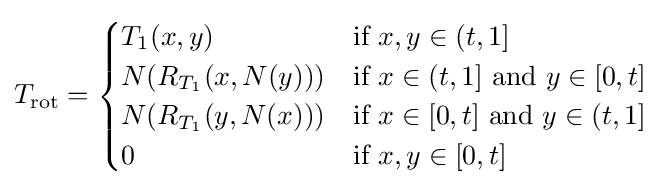
T_{\mathrm {rot} }={\begin{cases}T_{1}(x,y)&{\text{if }}x,y\in (t,1]\\N(R_{T_{1}}(x,N(y)))&{\text{if }}x\in (t,1]{\text{ and }}y\in [0,t]\\N(R_{T_{1}}(y,N(x)))&{\text{if }}x\in [0,t]{\text{ and }}y\in (t,1]\\0&{\text{if }}x,y\in [0,t]\end{cases}}